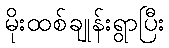
မိုးထစ်ချုန်းရွာပြီး